Scottish Leaving Certificate Examination, 1956
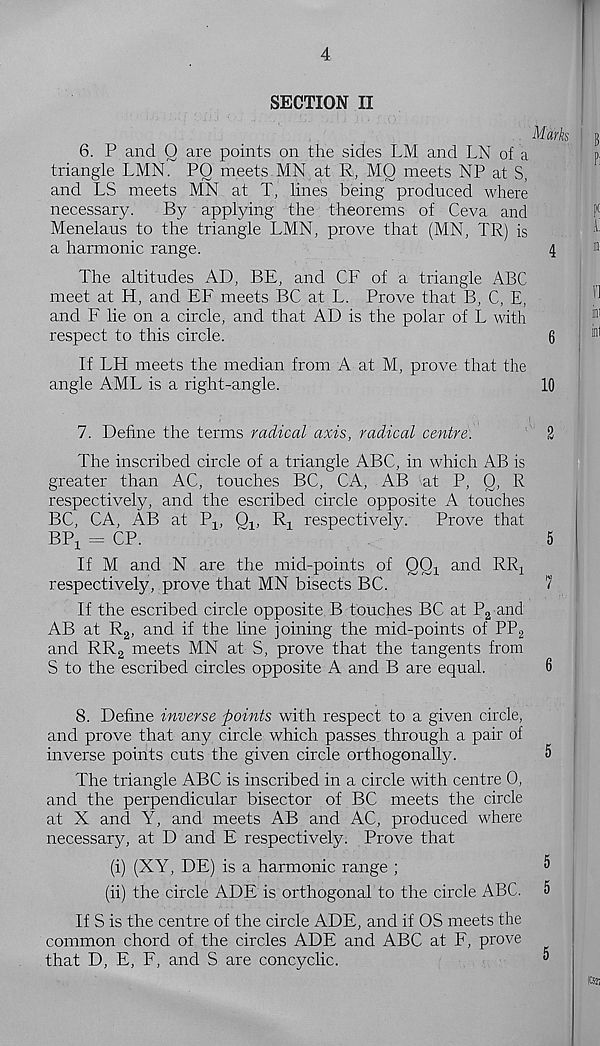
4
SECTION II
Marks
6. P and 0 are points on the sides LM and LN of a
triangle LMN. PO meets MN at R, MO meets NP at S,
and LS meets MN at T, lines being produced where
necessary.
By applying the theorems of Ceva and
Menelaus to the triangle LMN, prove that (MN, TR) is
a harmonic range.
4
The altitudes AD, BE, and CF of a triangle ABC
meet at H, and EF meets BC at L. Prove that B, C, E,
and F lie on a circle, and that AD is the polar of L with
respect to this circle.
6
If LH meets the median from A at M, prove that the
angle AML is a right-angle.
10
7. Define the terms radical axis, radical centre.
2
The inscribed circle of a triangle ABC, in which AB is
greater than AC, touches BC, CA, AB at P, Q, R
respectively, and the escribed circle opposite A touches
BC, CA, AB at Pj, 0^ R x respectively.
Prove that
BP X = CP.
~
5
If M and N are the mid-points of QO-! and RR 2
respectively, prove that MN bisects BC.
7
If the escribed circle opposite B touches BC at \\ and
AB at R 2 , and if the line joining the mid-points of PP 2
and RR 2 meets MN at S, prove that the tangents from
S to the escribed circles opposite A and B are equal.
6
8. Define inverse points with respect to a given circle,
and prove that any circle which passes through a pair of
inverse points cuts the given circle orthogonally.
5
The triangle ABC is inscribed in a circle with centre 0,
and the perpendicular bisector of BC meets the circle
at X and Y, and meets AB and AC, produced where
necessary, at D and E respectively. Prove that
(i) (XY, DE) is a harmonic range ;
®
(ii) the circle ADE is orthogonal to the circle ABC. 5
If S is the centre of the circle ADE, and if OS meets the
common chord of the circles ADE and ABC at F, prove
that D, E, F, and S are concyclic.
®